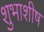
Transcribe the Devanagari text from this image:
शुभाशीष